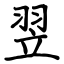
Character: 翌